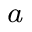
\footnote { I n t h i s p a p e r , w e h a v e a s s u m e d p e r f e c t C S I t o i n v e s t i g a t e t h e b e s t a c h i e v a b l e p e r f o r m a n c e . T h e p e r f o r m a n c e u n d e r i m p e r f e c t C S I i s w o r t h f u r t h e r i n v e s t i g a t i o n b y r e f e r i n g t o e x i s t i n g a n a l y t i c a l w o r k s ~ . }